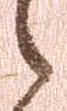
之